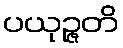
ပယုဉ္ဇတိ